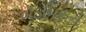
ઍડમિશન